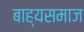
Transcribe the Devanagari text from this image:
बाह्यसमाज